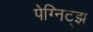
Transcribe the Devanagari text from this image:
पेग्निट्झ